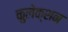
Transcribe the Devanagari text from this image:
कुलेक्शन